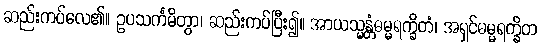
ဆည်းကပ်လေ၏။ ဥပသင်္ကမိတွာ၊ ဆည်းကပ်ပြီး၍။ အာယသ္မန္တံဓမ္မရက္ခိတံ၊ အရှင်ဓမ္မရက္ခိတ